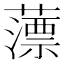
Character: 薸